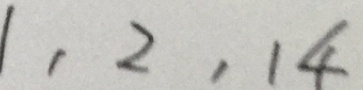
1 , 2 , 1 4